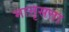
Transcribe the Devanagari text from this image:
मात्तृसत्ता